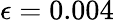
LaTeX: \epsilon=0.004